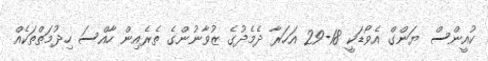
ކުއީންސް ޔަންގް އެވޯޑަކީ 18-29 އަހަރާ ދެމެދުގެ ޒުވާނުންގެ ތެރެއިން ހާއްސަ ހިދުމަތްތަކެއް